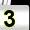
Digit: 3